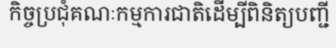
កិច្ចប្រជុំគណៈកម្មការជាតិដើម្បីពិនិត្យបញ្ជី